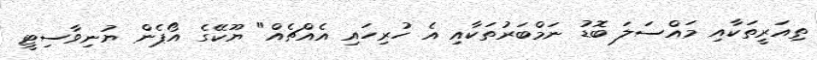
ތިއަރީތަކާއި މައްސަލަ ބޮޑު ނަމްބަރުތަކާއި އެ ހުރިހައި އެއްޗެއް" ޔޫކޭގެ އޯޕެން ޔުނިވާސިޓީ